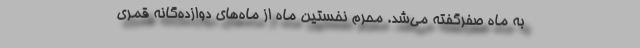
به ماه صفرگفته می‌شد. محرم نخستین ماه از ماه‌های دوازده‌گانه قمری